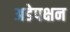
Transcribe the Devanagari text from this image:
अडेपक्षन